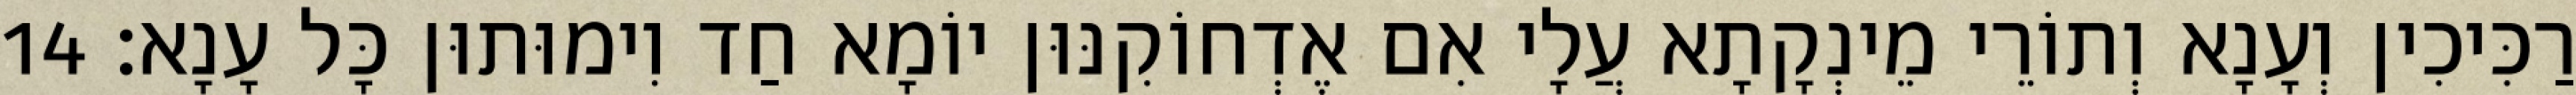
רַכִּיכִין וְעָנָא וְתוֹרֵי מֵינְקָתָא עֲלָי אִם אֶדְחוֹקִנּוּן יוֹמָא חַד וִימוּתוּן כָּל עָנָא׃ 14